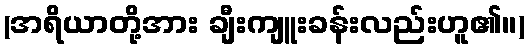
(အရိယာတို့အား ချီးကျူးခန်းလည်းဟူ၏။)